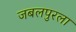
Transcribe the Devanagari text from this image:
जबलपुरला